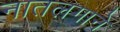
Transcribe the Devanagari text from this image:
नातलगाने